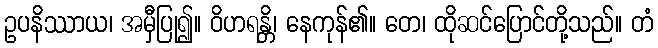
ဥပနိဿာယ၊ အမှီပြု၍။ ဝိဟရန္တိ၊ နေကုန်၏။ တေ၊ ထိုဆင်ပြောင်တို့သည်။ တံ